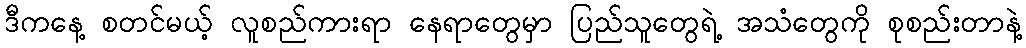
ဒီကနေ့ စတင်မယ့် လူစည်ကားရာ နေရာတွေမှာ ပြည်သူတွေရဲ့ အသံတွေကို စုစည်းတာနဲ့